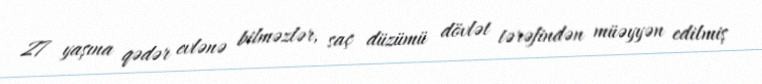
27 yaşına qədər evlənə bilməzlər, saç düzümü dövlət tərəfindən müəyyən edilmiş